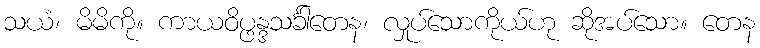
သယံ၊ မိမိကို။ ကာယဝိပ္ဖန္ဒသင်္ခါတေန၊ လှုပ်သောကိုယ်ဟု ဆိုအပ်သော။ တေန